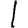
Digit: 1